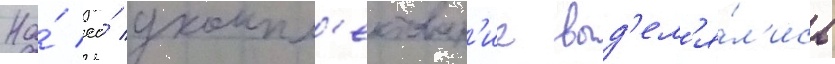
На́ ео́ укомпл'ектован'ие выд'ел'я́л'ись